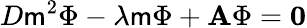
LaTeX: D\mathsf{m}^{2}\Phi-\lambda\mathsf{m}\Phi+\textbf{{A}}\Phi=\mathbf{{0}}